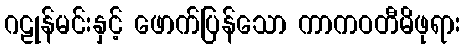
ဂဠုန်မင်းနှင့် ဖောက်ပြန်သော ကာကဝတီမိဖုရား